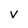
Character: V